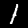
Digit: 1